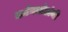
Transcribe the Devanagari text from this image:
धर्ममार्तंडांनी